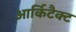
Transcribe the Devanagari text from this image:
आर्किटैक्ट